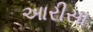
આરીસા